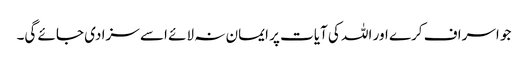
جو اسراف کرے اور اللہ کی آیات پر ایمان نہ لائے اسے سزا دی جائے گی۔